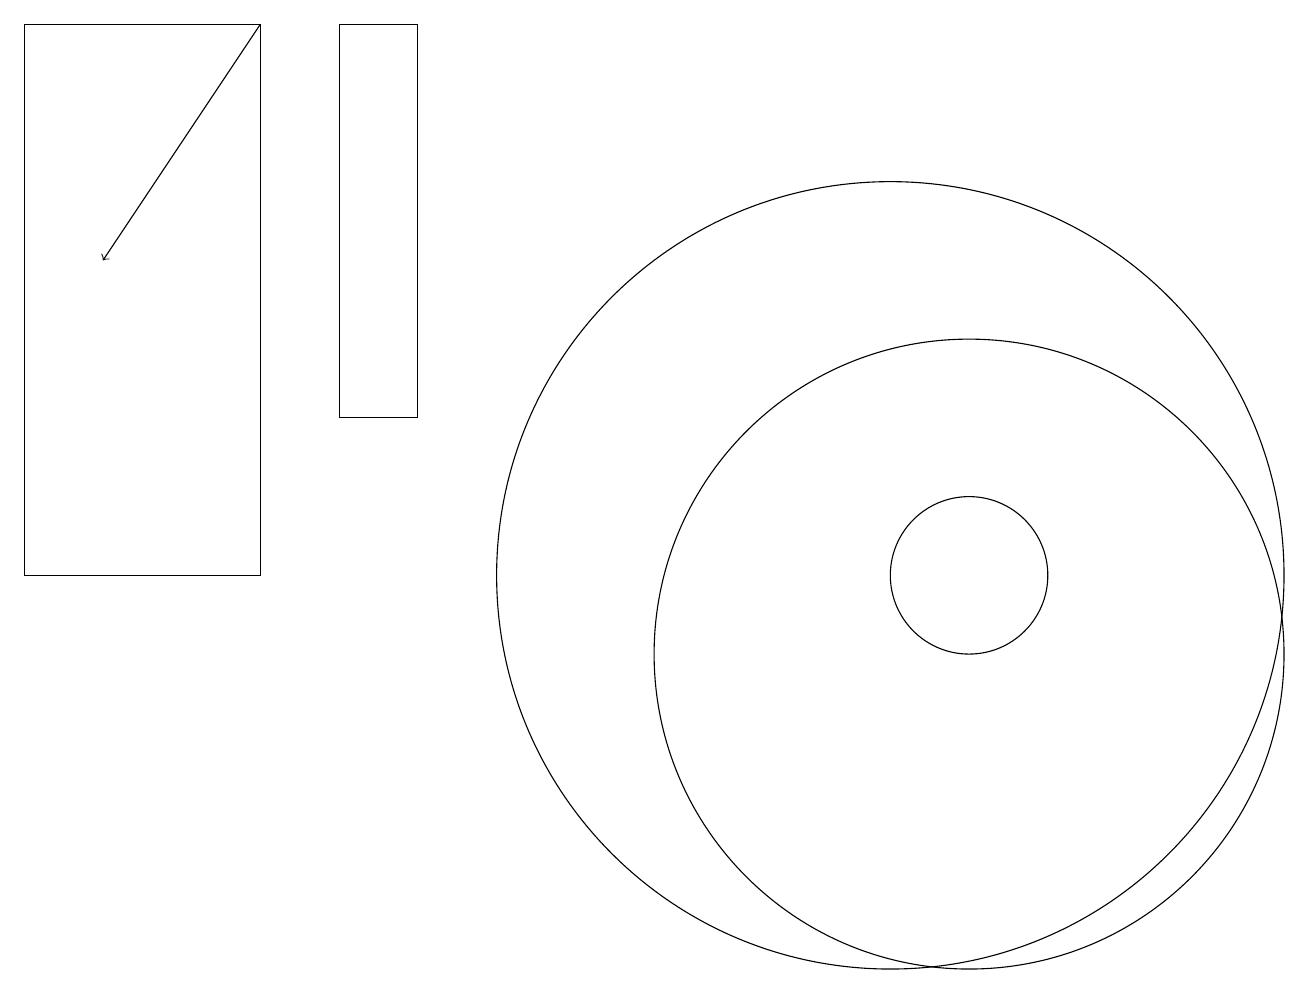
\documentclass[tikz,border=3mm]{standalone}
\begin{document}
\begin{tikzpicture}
\draw (5,18) rectangle (4,13);
\draw (12,10) circle (4);
\draw (12,11) circle (1);
\draw (11,11) circle (5);
\draw[->] (3,18) -- (1,15);
\draw (0,18) rectangle (3,11);
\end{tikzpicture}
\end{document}